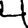
Digit: 4